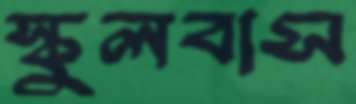
স্কুলবাস